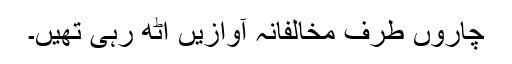
چاروں طرف مخالفانہ آوازیں اٹھ رہی تھیں۔